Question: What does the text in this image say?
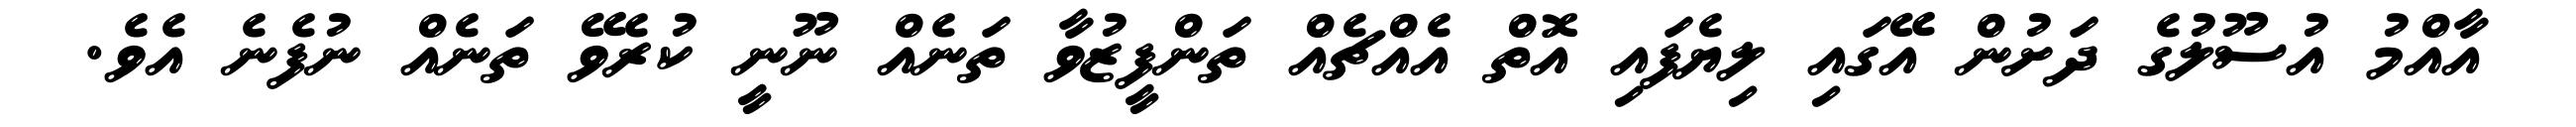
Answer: އާއްމު އުސޫލުގެ ދަށުން އޭގައި ލިޔެފައި އޮތް އެއްޗެއް ތަންފީޒުވާ ތަނެއް ނޫނީ ކުރެވޭ ތަނެއް ނުފެނެ އެވެ.